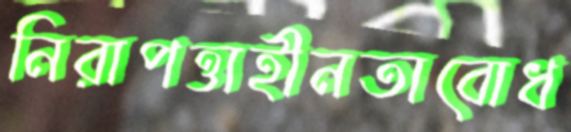
নিরাপত্তাহীনতাবোধ